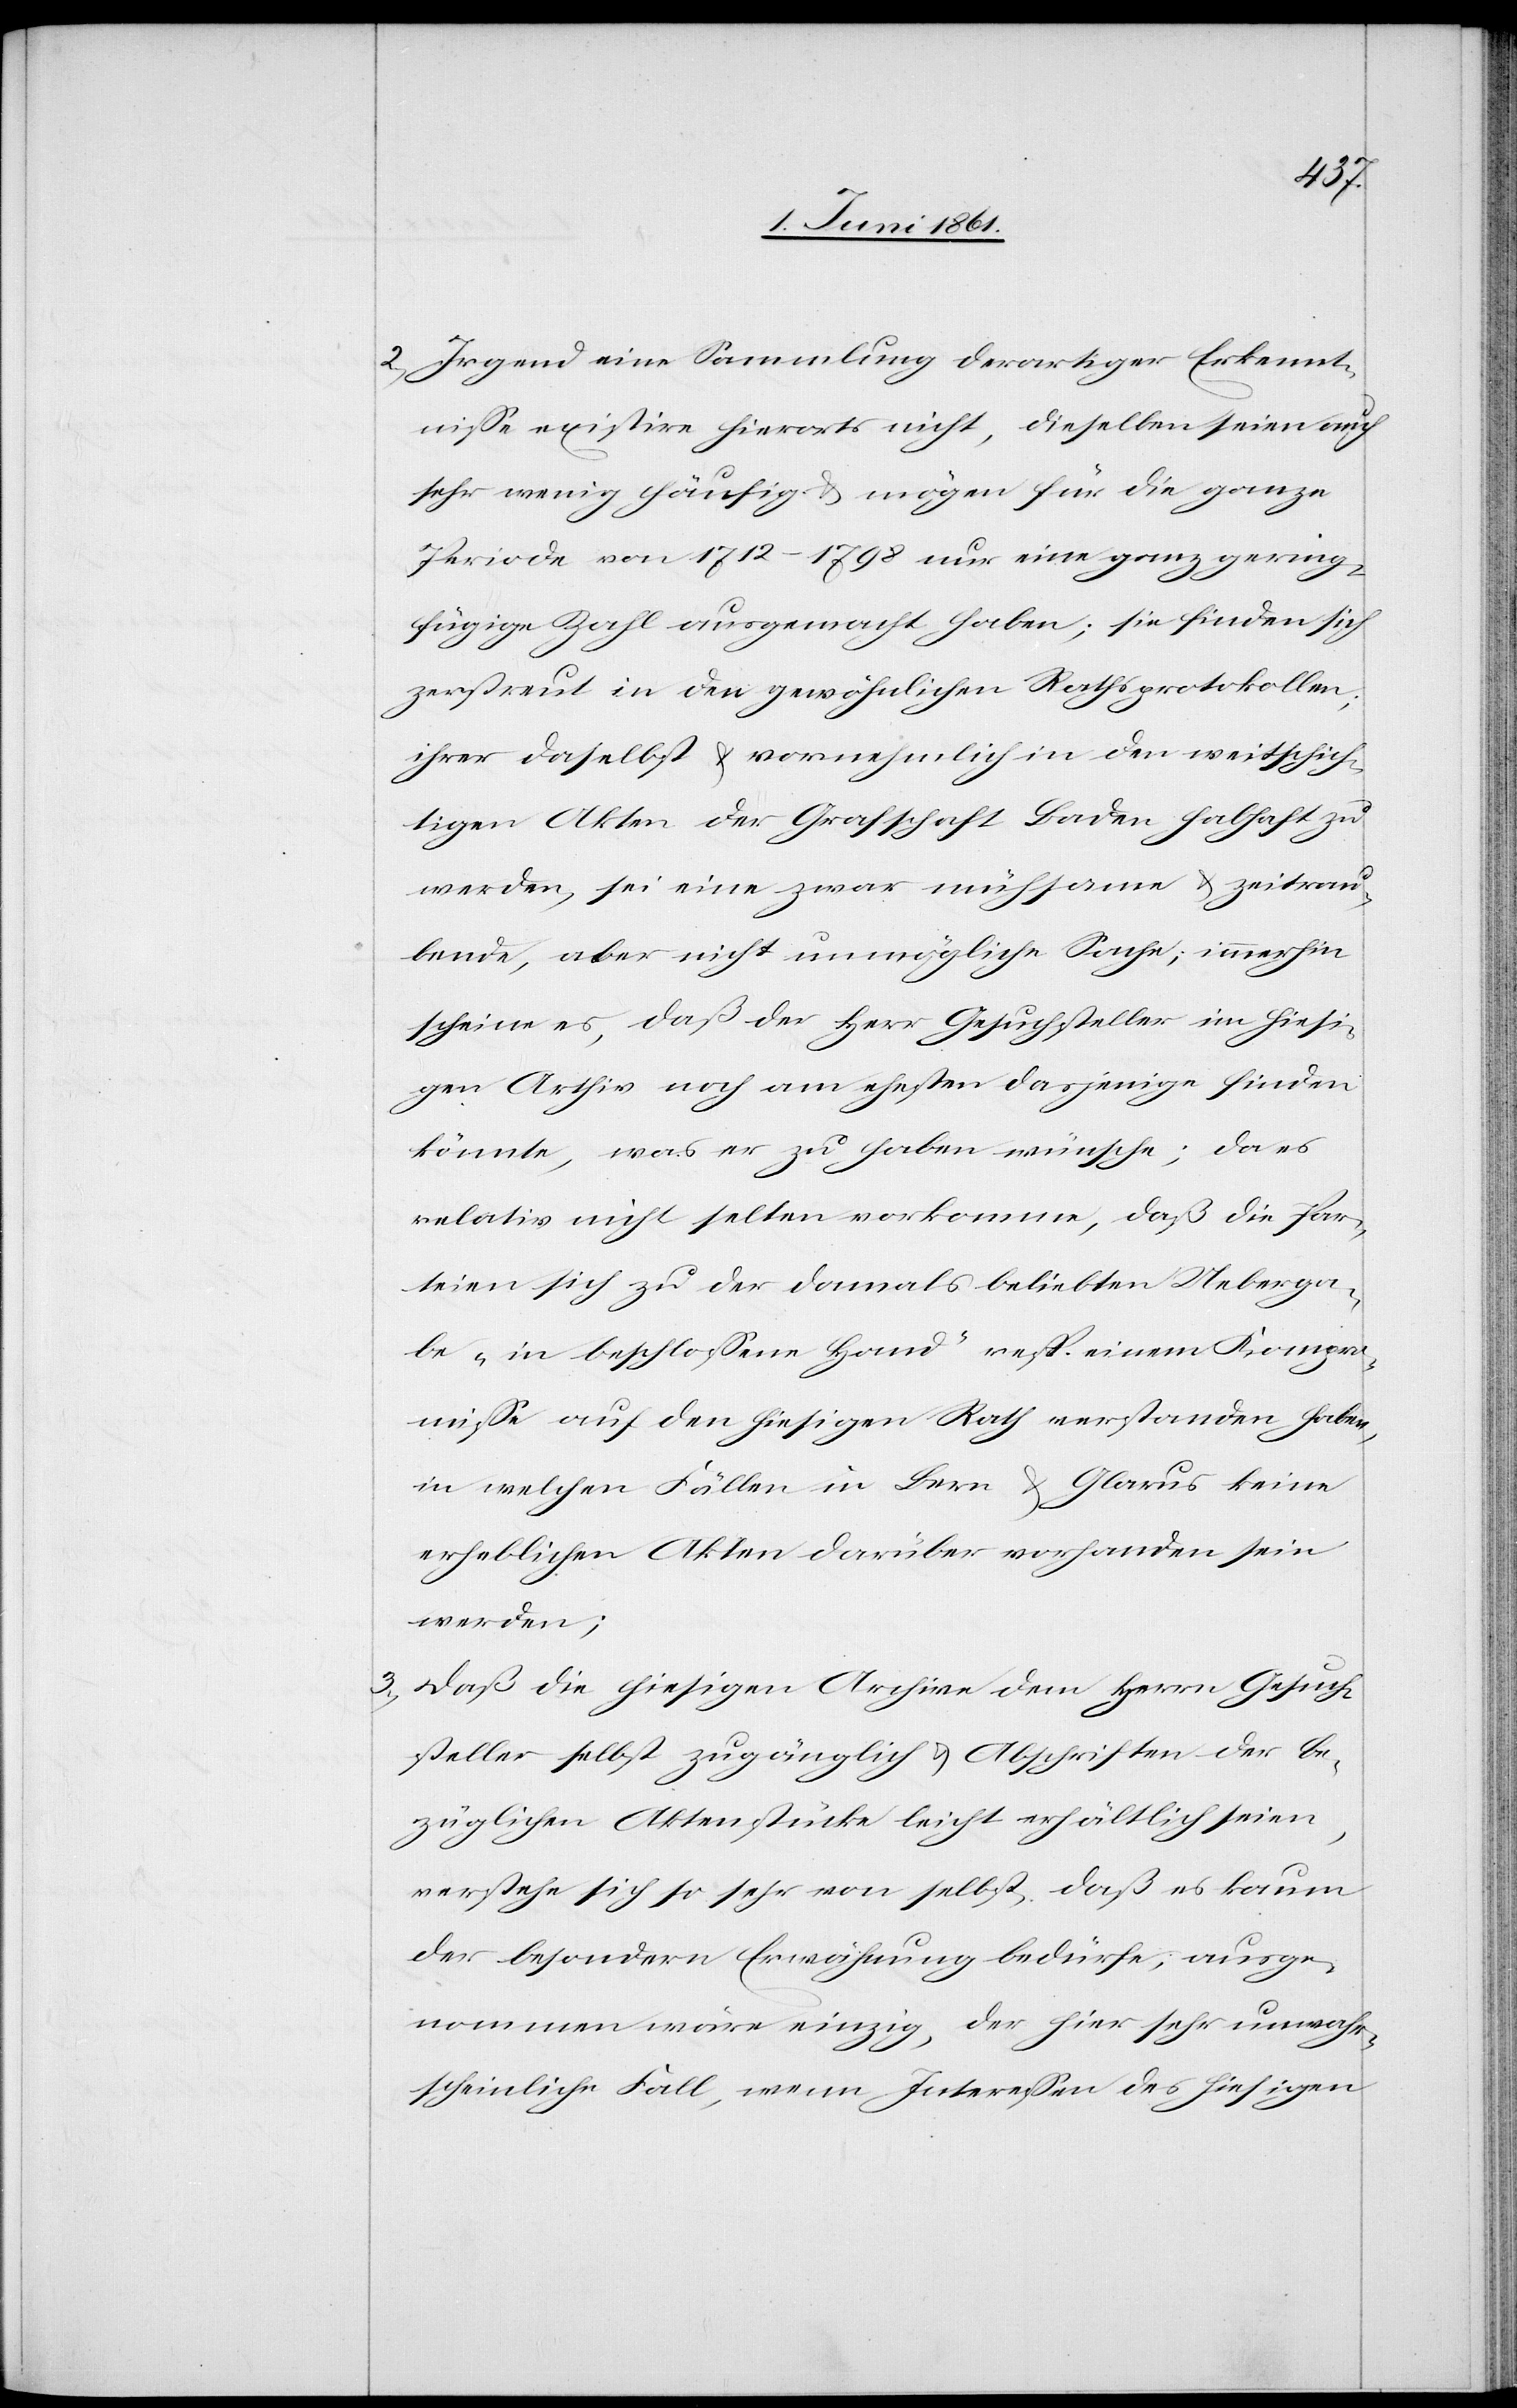
2) Irgend eine Sammlung derartiger Erkennt¬
nisse existire hierorts nicht, dieselben seien auch
sehr wenig häufig u. mögen für die ganze
Periode von 1712–1798 nur eine ganz gering¬
fügige Zahl ausgemacht haben; sie finden sich
zerstreut in den gewöhnlichen Rathsprotokollen;
ihrer daselbst u. vornehmlich in den weitschich¬
tigen Akten der Grafschaft Baden habhaft zu
werden, sei eine zwar mühsame u. zeitrau¬
bende, aber nicht unmögliche Sache; immerhin
scheine es, daß der Herr Gesuchsteller im hiesi¬
gen Archiv noch am ehesten dasjenige finden
könnte, was er zu haben wünsche; da es
relativ nicht selten vorkomme, daß die Par¬
teien sich zu der damals beliebten Ueberga¬
be „in beschlossene Hand“ resp. einem Kompro¬
misse auf den hiesigen Rath verstanden haben,
in welchen Fällen in Bern u. Glarus keine
erheblichen Akten darüber vorhanden sein
werden;
3) Daß die hiesigen Archive dem Herrn Gesuch¬
steller selbst zugänglich u. Abschriften der be¬
züglichen Aktenstücke leicht erhältlich seien,
verstehe sich so sehr von selbst, daß es kaum
der besondern Erwähnung bedürfe, ausge¬
nommen wäre einzig, der hier sehr unwahr¬
scheinliche Fall, wenn Interessen des hiesigen